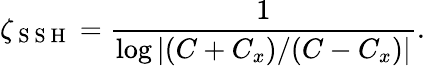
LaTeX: \zeta_{\mathrm{~S~S~H~}}=\frac{1}{\log\left|(C+C_{x})/(C-C_{x})\right|}.